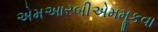
એમઆરબીએમમૂકવા